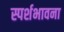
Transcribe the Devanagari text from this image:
स्पर्शभावना